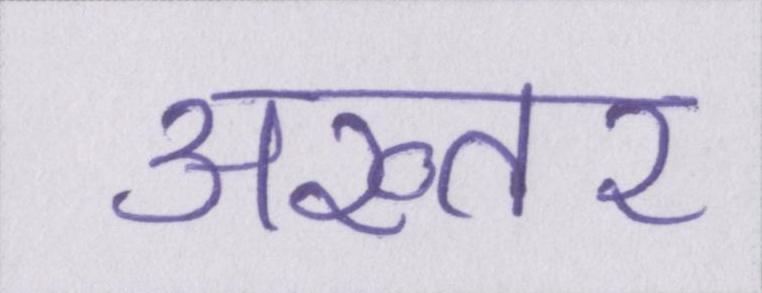
अख्तर